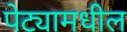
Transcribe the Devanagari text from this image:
पेट्यामधील